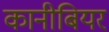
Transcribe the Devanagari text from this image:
कानीबियर